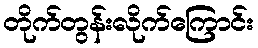
တိုက်တွန်းလိုက်ကြောင်း